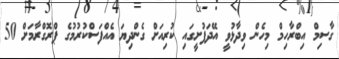
ގާސިމް އިބްރާހިމް މިހެން ވިދާޅުވީ އޭދަފުށީގައި ކުރިއަށް ގެންދިޔަ އެއްފަސްކުރުމުގެ ޕްރޮގްރާމަށް 50